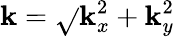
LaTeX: \mathbf{k}=\sqrt{}{{\mathbf{k}_{x}^{2}+\mathbf{k}_{y}^{2}}}